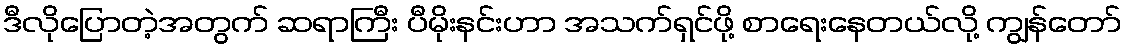
ဒီလိုပြောတဲ့အတွက် ဆရာကြီး ပီမိုးနင်းဟာ အသက်ရှင်ဖို့ စာရေးနေတယ်လို့ ကျွန်တော်